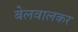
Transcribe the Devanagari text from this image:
बेलवालकर